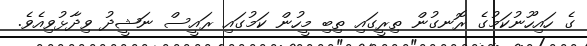
ގެ ހައިހޫނުކަމުގެ ރޮނގުން ތިރީގައި ތިބި މީހުން ކަމުގައި ރައީސް ނަޝީދު ވިދާޅުވިއެވެ.